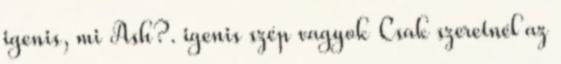
igenis, mi Ash?. igenis szép vagyok Csak szeretnél az